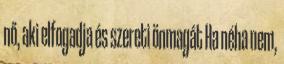
nő, aki elfogadja és szereti önmagát Ha néha nem,